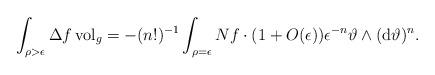
LaTeX: \begin{align*}\int_{\rho>\epsilon} \Delta f\operatorname{vol}_g=-(n!)^{-1}\int_{\rho=\epsilon} N f\cdot(1+O(\epsilon))\epsilon^{-n} \vartheta\wedge ({\rm d}\vartheta)^n.\end{align*}